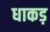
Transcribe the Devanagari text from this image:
धाकड़